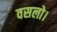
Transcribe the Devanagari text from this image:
वसलो।